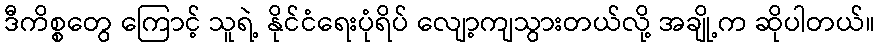
ဒီကိစ္စတွေ ကြောင့် သူရဲ့ နိုင်ငံရေးပုံရိပ် လျော့ကျသွားတယ်လို့ အချို့က ဆိုပါတယ်။